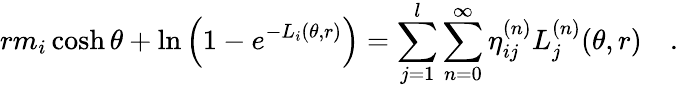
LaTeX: rm_{i}\cosh\theta+\ln\left(1-e^{-L_{i}(\theta,r)}\right)=\sum_{j=1}^{l}\sum_{n=0}^{\infty}\eta_{ij}^{(n)}L_{j}^{(n)}(\theta,r)\quad.